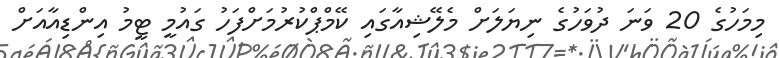
މިމަހުގެ 20 ވަނަ ދުވަހުގެ ނިޔަލަށް މެލޭޝިއާގައި ކޭމްޕްކުރުމަށްފަހު ގައުމީ ޓީމު އިންޑިއާއަށް